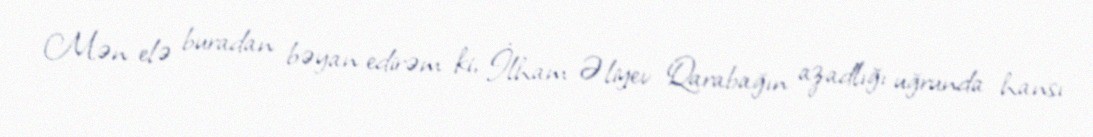
Mən elə buradan bəyan edirəm ki, İlham Əliyev Qarabağın azadlığı uğrunda hansı